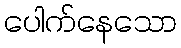
ပေါက်နေသော